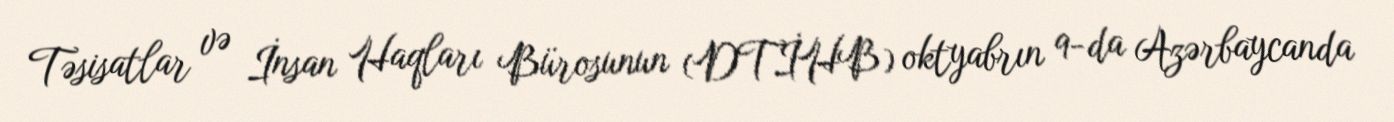
Təsisatlar və İnsan Haqları Bürosunun (DTİHB) oktyabrın 9-da Azərbaycanda